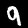
Digit: 9